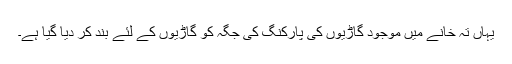
یہاں تہ خانے میں موجود گاڑیوں کی پارکنگ کی جگہ کو گاڑیوں کے لئے بند کر دیا گیا ہے۔